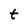
Character: t